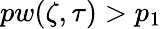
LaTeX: pw(\zeta,\tau)>p_{1}